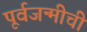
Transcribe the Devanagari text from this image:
पूर्वजन्मीची